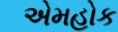
એમહોક